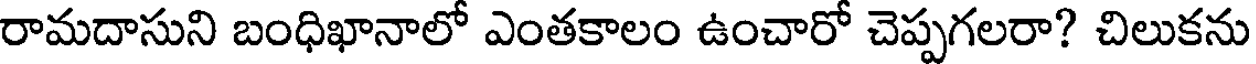
రామదాసుని బంధిఖానాలో ఎంతకాలం ఉంచారో చెప్పగలరా? చిలుకను